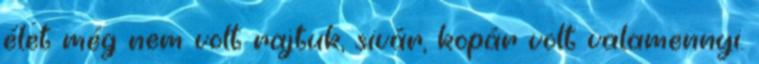
élet még nem volt rajtuk, sivár, kopár volt valamennyi.